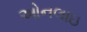
ઓનલાઇ